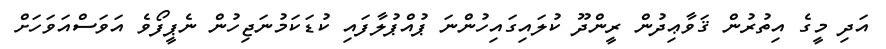
އަދި މީގެ އިތުރުން ޤަވާޢިދުން ރީންދޫ ކުލައިގައިހުންނަ ޕުއްޕުލާފައި ކުޑަކަމުނަޖިހުން ނެޕީފޯވެ އަވަސްއަވަހަށް